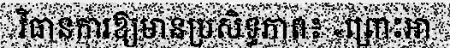
វិធានការឱ្យមានប្រសិទ្ធភាព៖ «ព្រោះអា